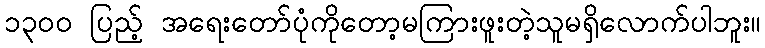
၁၃၀၀ ပြည့် အရေးတော်ပုံကိုတော့မကြားဖူးတဲ့သူမရှိလောက်ပါဘူး။